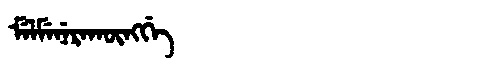
Manchu: ᠮᡝᠯᠮᡝᠨᡝᡵᠠᡴᡡᠩᡤᡝ
Romanization: MELMENERAKŪNGGE